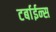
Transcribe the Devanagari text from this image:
टर्बाईन्स